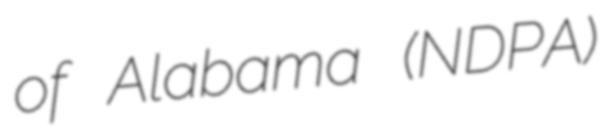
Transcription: of Alabama (NDPA)